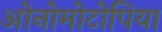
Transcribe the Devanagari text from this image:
ओनोमोटोपिया